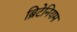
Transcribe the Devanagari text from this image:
ब्रिटेनियम